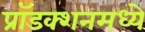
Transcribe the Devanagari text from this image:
प्रॉडक्शनमध्ये